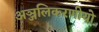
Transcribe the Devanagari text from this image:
अञ्जलिकरणीयो